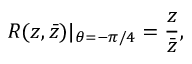
R ( z , \bar { z } ) | _ { \theta = - \pi / 4 } = \frac { z } { \bar { z } } ,